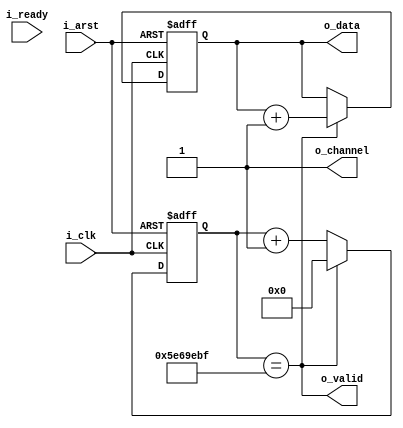
//
//
//


`default_nettype    none

module oifs_tx_controller #(
    parameter   DATA_W  = 8,
    parameter   MODE    = "FIXED_PEROID",    // "FULL_SPEED"
    parameter   DELAY   = 99_000_000
)(
    input   wire                    i_clk,
    input   wire                    i_arst,
    output  wire                    o_valid,
    output  wire [DATA_W - 1 : 0]   o_data,
    output  wire                    o_channel,
    input   wire                    i_ready
);
    wire                        w_data_en;
    wire                        w_data_valid;

    reg     [DATA_W - 1 : 0]    r_data;
    wire    [DATA_W - 1 : 0]    w_data_next;

    always @ (posedge i_clk, posedge i_arst)
        if (i_arst)
            r_data <= {DATA_W{1'b0}};
        else
            r_data <= w_data_next;

    assign w_data_next = w_data_en ? r_data + 1'b1 : r_data;

    generate
        if (MODE == "FULL_SPEED") begin
            reg     r_ready;

            always @ (posedge i_clk)
                r_ready <= i_ready;

            assign w_data_en = r_ready & ~i_ready;
            assign w_data_valid = 1'b1;
        end
        else if (MODE == "FIXED_PEROID") begin
            localparam  WIDTH       = $clog2(DELAY);

            reg     [WIDTH - 1 : 0] r_counter;
            wire    [WIDTH - 1 : 0] w_counter_next;

            wire                    w_tick;

            always @ (posedge i_clk, posedge i_arst)
                if (i_arst)
                    r_counter <= {WIDTH{1'b0}};
                else
                    r_counter <= w_counter_next;

            assign w_tick         = (r_counter == (DELAY[WIDTH - 1 : 0] - 1'b1));
            assign w_counter_next = w_tick ? {WIDTH{1'b0}} : (r_counter + 1'b1);

            assign w_data_en = w_tick;
            assign w_data_valid = w_tick;
        end
    endgenerate

    assign o_channel = 1'b1;
    assign o_data = r_data;
    assign o_valid = w_data_valid;

endmodule